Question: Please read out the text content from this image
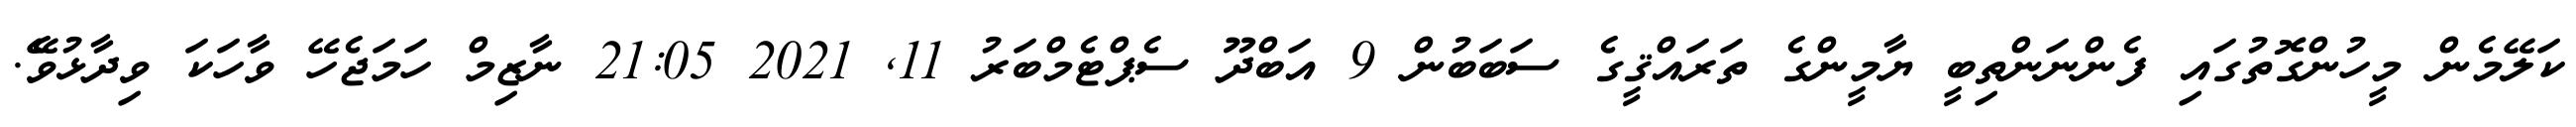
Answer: ކަލޭމެން މީހުންގޮތުގައި ފެންނަންތިބީ ޔާމީންގެ ތަރައްޤީގެ ސަބަބުން 9 އަބްދޫ ސެޕްޓެމްބަރު 11, 2021 21:05 ނާޒިމް ހަމަޖެހޭ ވާހަކަ ވިދާޅުވެޭ.